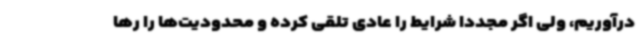
درآوریم، ولی اگر مجددا شرایط را عادی تلقی کرده و محدودیت‌ها را رها